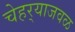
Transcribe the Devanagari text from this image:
चेहर्‍याजवळ